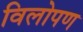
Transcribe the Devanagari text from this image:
विलोपण